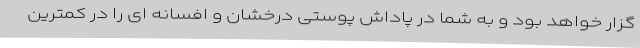
گزار خواهد بود و به شما در پاداش پوستی درخشان و افسانه ای را در کمترین